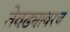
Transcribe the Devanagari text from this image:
तेवढ्यावरच